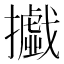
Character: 㩬